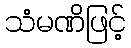
သံမဏိဖြင့်